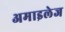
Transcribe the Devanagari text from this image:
अमाइलेज